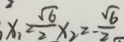
x _ { 1 } \geq \frac { \sqrt { 6 } } { 2 } x _ { 2 } \geq - \frac { \sqrt { 6 } } { 2 }